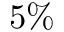
5 \%